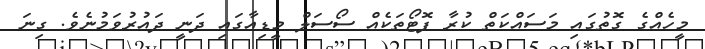
މީހެއްގެ ގޮތުގައި މަސައްކަތް ކުރާ ފޮޓޯތަކެއް ސޯސަލް މީޑިއާގައި ދަނީ ދައުރުވަމުނެވެ. ގިނަ